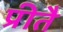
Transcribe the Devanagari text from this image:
प्रीतै